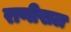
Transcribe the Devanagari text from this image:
राणीखल